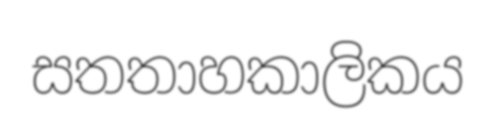
සතතාහකාලිකය